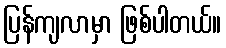
ပြန်ကျလာမှာ ဖြစ်ပါတယ်။